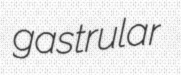
gastrular